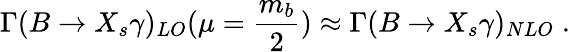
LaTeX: \Gamma(B\rightarrow X_{s}\gamma)_{LO}(\mu=\frac{m_{b}}{2})\approx\Gamma(B\rightarrow X_{s}\gamma)_{NLO}\; .